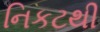
નિકટથી